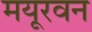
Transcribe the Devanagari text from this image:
मयूरवन